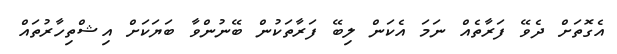
އެގޮތަށް ދެވޭ ފަރާތެއް ނަމަ އެކަން ލިބޭ ފަރާތަކުން ބޭނުންވާ ބަޔަކަށް އިޝްތިހާރުތައް